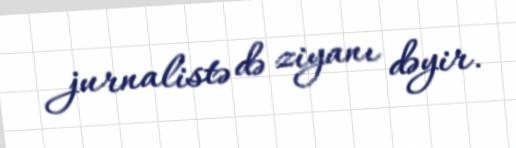
jurnalistə də ziyanı dəyir.